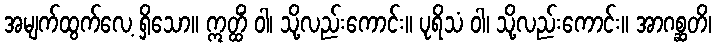
အမျက်ထွက်လေ့ ရှိသော။ ဣတ္ထိံ ဝါ၊ သို့လည်းကောင်း။ ပုရိသံ ဝါ၊ သို့လည်းကောင်း။ အာဂစ္ဆတိ၊